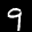
Label: 9